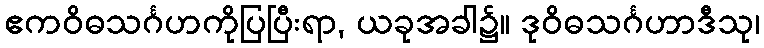
ဧကဝိဓသင်္ဂဟကိုပြပြီးရာ, ယခုအခါ၌။ ဒုဝိဓသင်္ဂဟာဒီသု၊